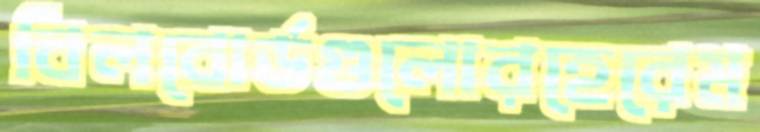
বিলবোর্ডগুলোরহেরেম